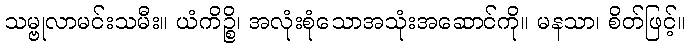
သမ္ဗုလာမင်းသမီး။ ယံကိဉ္စိ၊ အလုံးစုံသောအသုံးအဆောင်ကို။ မနသာ၊ စိတ်ဖြင့်။